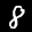
Label: 8